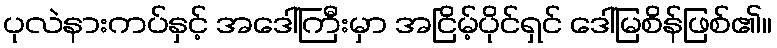
ပုလဲနားကပ်နှင့် အဒေါ်ကြီးမှာ အငြိမ့်ပိုင်ရှင် ဒေါ်မြစိန်ဖြစ်၏။